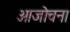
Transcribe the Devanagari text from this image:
आजोचना